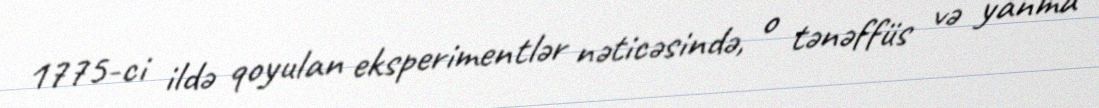
1775-ci ildə qoyulan eksperimentlər nəticəsində, o tənəffüs və yanma